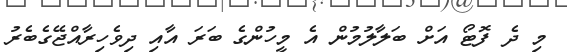
މި ދެ ފޮޓޯ އަށް ބަލާލުމުން އެ މީހުންގެ ބަރަ އާއި ދިވެހިރާއްޖޭގެބެރު